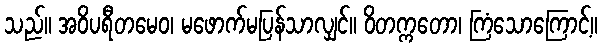
သည်။ အဝိပရီတမေဝ၊ မဖောက်မပြန်သာလျှင်။ ဝိတက္ကတော၊ ကြံသောကြောင့်။